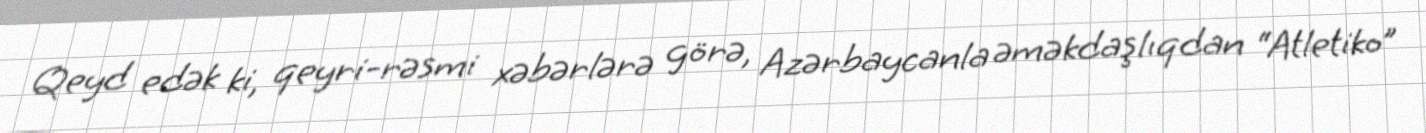
Qeyd edək ki, qeyri-rəsmi xəbərlərə görə, Azərbaycanla əməkdaşlıqdan “Atletiko”